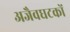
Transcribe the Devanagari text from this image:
अजैवघटकों